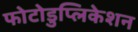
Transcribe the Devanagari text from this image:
फोटोडुप्लिकेशन